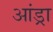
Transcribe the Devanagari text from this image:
आंड्रा